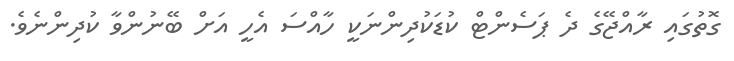
ގޮތުގައި ރާއްޖޭގެ ދެ ޕަސެންޓް ކުޑަކުދިންނަކީ ހާއްސަ އެހީ އަށް ބޭނުންވާ ކުދިންނެވެ.